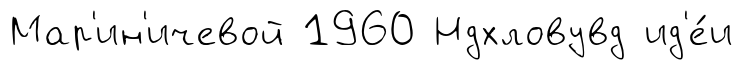
Мар'ин'ичевой 1960 Ндхловувд ид'е́и